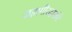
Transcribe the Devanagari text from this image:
जहागीरदारांचे